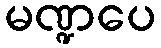
မဏ္ဍပေ